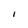
Character: I